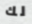
لك